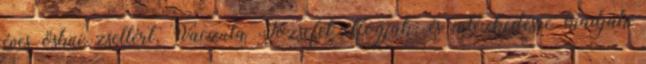
éves ösküi zsellért, Vaczula Józsefet elfogják, és intézkedésre kiadják